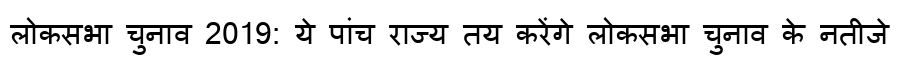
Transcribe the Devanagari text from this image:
लोकसभा चुनाव 2019: ये पांच राज्य तय करेंगे लोकसभा चुनाव के नतीजे